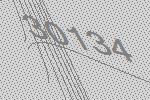
30134